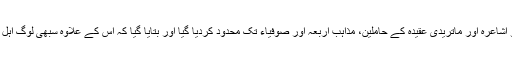
اس کانفرنس میں اہل سنت والجماعت کو اشاعرہ اور ماتریدی عقیدہ کے حاملین، مذاہب اربعہ اور صوفیاء تک محدود کردیا گیا اور بتایا گیا کہ اس کے علاوہ سبھی لوگ اہل سنت والجماعت کے دائرہ سے باہر ہیں۔